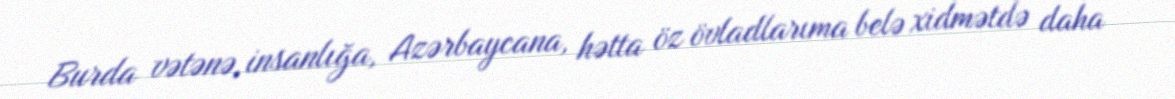
Burda vətənə, insanlığa, Azərbaycana, hətta öz övladlarıma belə xidmətdə daha